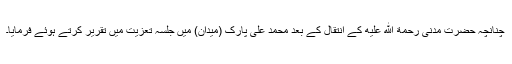
چنانچہ حضرت مدنی رحمة الله عليه کے انتقال کے بعد محمد علی پارک (میدان) میں جلسہ تعزیت میں تقریر کرتے ہوئے فرمایا۔